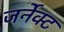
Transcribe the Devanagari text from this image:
जर्नेक्ट